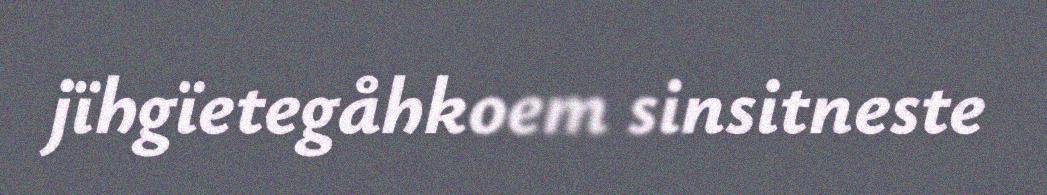
jïhgïetegåhkoem sinsitneste